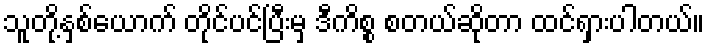
သူတို့နှစ်ယောက် တိုင်ပင်ပြီးမှ ဒီကိစ္စ စတယ်ဆိုတာ ထင်ရှားပါတယ်။